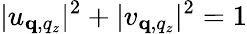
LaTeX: |u_{\mathbf q,q_{z}}|^{2}+|v_{\mathbf q,q_{z}}|^{2}=1